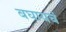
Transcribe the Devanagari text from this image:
बघायचं